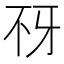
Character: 𰀍